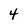
Character: 4